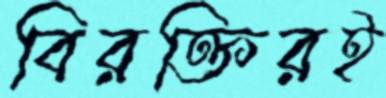
বিরক্তিরই